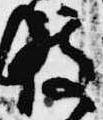
拠